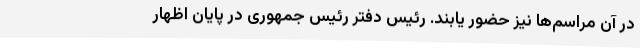
در آن مراسم‌ها نیز حضور یابند. رئیس دفتر رئیس جمهوری در پایان اظهار